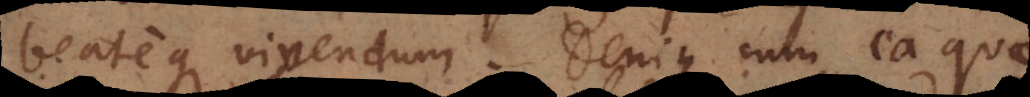
beateque vivendum. Denique cum ea quae